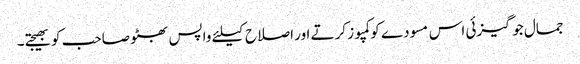
جمال جوگیزئی اس مسودے کو کمپوز کرتے اور اصلاح کیلئے واپس بھٹو صاحب کو بھیجتے۔